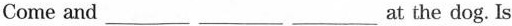
Come and ___ ___ ___at the dog. Is